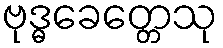
ဗုဒ္ဓခေတ္တေသု